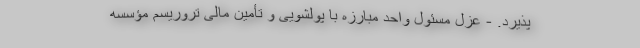
پذیرد. - عزل مسئول واحد مبارزه با پولشویی و تأمین مالی تروریسم مؤسسه